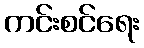
ကင်းစင်ရေး